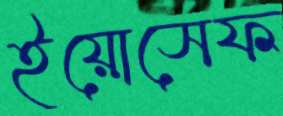
ইয়োসেফ